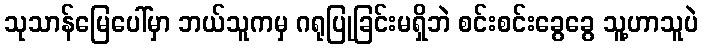
သုသာန်မြေပေါ်မှာ ဘယ်သူကမှ ဂရုပြုခြင်းမရှိဘဲ စင်းစင်းခွေခွေ သူ့ဟာသူပဲ